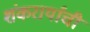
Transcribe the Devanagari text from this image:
शंकरार्यांची